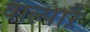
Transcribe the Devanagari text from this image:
वाल्पाऱै